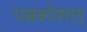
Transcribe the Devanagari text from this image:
पञ्चक्रोशात्